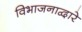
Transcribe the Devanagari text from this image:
विभाजनाद्वारे